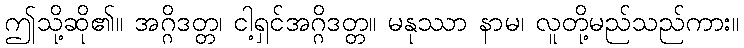
ဤသို့ဆို၏။ အဂ္ဂိဒတ္တ၊ ငါ့ရှင်အဂ္ဂိဒတ္တ။ မနုဿာ နာမ၊ လူတို့မည်သည်ကား။